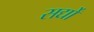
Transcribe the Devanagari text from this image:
सर्द्यों